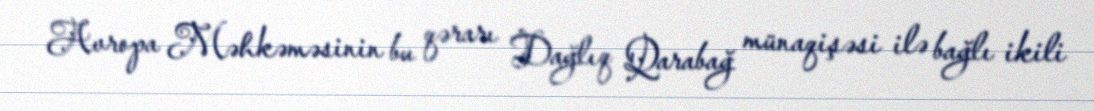
Avropa Məhkəməsinin bu qərarı Dağlıq Qarabağ münaqişəsi ilə bağlı ikili